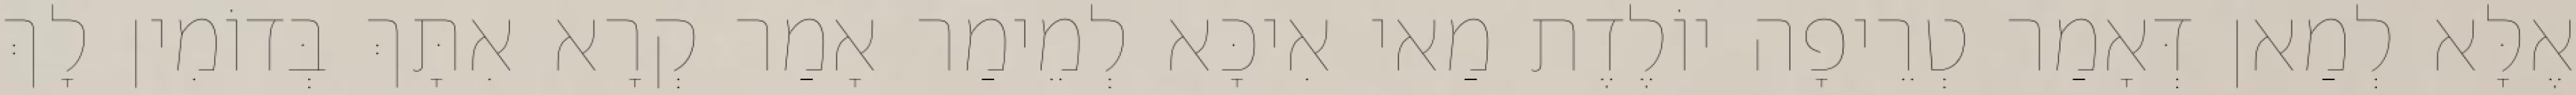
אֶלָּא לְמַאן דְּאָמַר טְרֵיפָה יוֹלֶדֶת מַאי אִיכָּא לְמֵימַר אָמַר קְרָא אִתָּךְ בְּדוֹמִין לָךְ